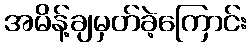
အမိန့်ချမှတ်ခဲ့ကြောင်း